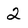
Character: 2